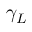
\gamma _ { L }